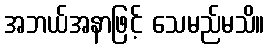
အဘယ်အနာဖြင့် သေမည်မသိ။